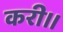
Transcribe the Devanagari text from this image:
करी।।